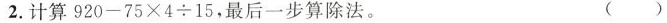
2. 计算$$9 2 0 - 7 5 \times 4 \div 1 5$$，最后一步算除法。 ( )